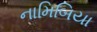
નામિબિયા